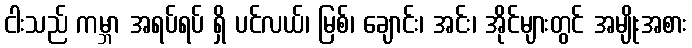
ငါးသည် ကမ္ဘာ အရပ်ရပ် ရှိ ပင်လယ်၊ မြစ်၊ ချောင်း၊ အင်း၊ အိုင်များတွင် အမျိုးအစား